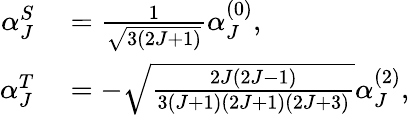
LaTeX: \begin{array}{rl}{\alpha_{J}^{S}}&{{}=\frac{1}{\sqrt{3(2J+1)}}\alpha_{J}^{(0)},}\\ {\alpha_{J}^{T}}&{{}=-\sqrt{\frac{2J(2J-1)}{3(J+1)(2J+1)(2J+3)}}\alpha_{J}^{(2)},}\end{array}